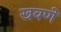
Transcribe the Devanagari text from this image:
खवणे